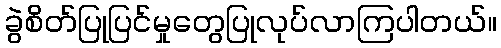
ခွဲစိတ်ပြုပြင်မှုတွေပြုလုပ်လာကြပါတယ်။